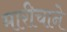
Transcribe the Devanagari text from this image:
मारीचाने